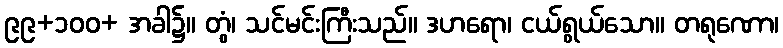
၉၉+၁၀၀+ အခါ၌။ တွံ၊ သင်မင်းကြီးသည်။ ဒဟရော၊ ငယ်ရွယ်သော။ တရုဏော၊